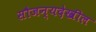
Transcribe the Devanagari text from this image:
सौजन्यदेखील